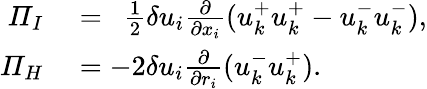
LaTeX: \begin{array}{rl}{\mathit{\Pi}_{I}}&{{}=\ \ \frac{1}{2}\delta u_{i}\frac{\partial}{\partial x_{i}}(u_{k}^{+}u_{k}^{+}-u_{k}^{-}u_{k}^{-}),}\\ {\mathit{\Pi}_{H}}&{{}=-2\delta u_{i}\frac{\partial}{\partial r_{i}}(u_{k}^{-}u_{k}^{+}).}\end{array}